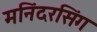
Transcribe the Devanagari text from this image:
मनिंदरसिंग